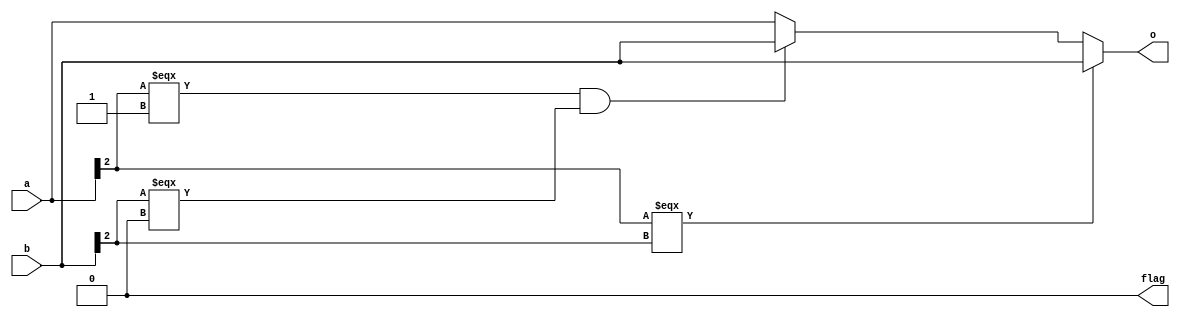
`timescale 1ns/1ps

module lab1Bonus(
input wire [2:0] a,
input wire [2:0] b,
output reg [2:0] o,
output reg flag
);

always @(*) begin
    if (a[2] === b[2]) begin
        if(a[1:0] >= b[1:0])begin
            o = a[2:0];
            flag = 1'b1; 
        end begin
            o = b[2:0];
            flag = 1'b0;
        end
        
    end else begin
        if(a[2] === 1 && b[2] ===0)begin
            o = b[2:0];
            flag = 1'b0;
        end else begin
            o = a[2:0];
            flag = 1'b0;
        end
    end
end
endmodule